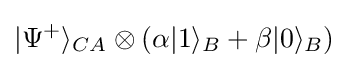
|\Psi ^{+}\rangle _{CA}\otimes (\alpha |1\rangle _{B}+\beta |0\rangle _{B})